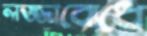
লজ্জাবোধে